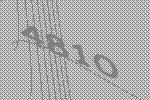
4810